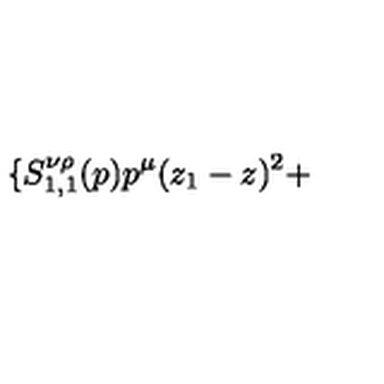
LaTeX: \{ S _ { 1 , 1 } ^ { \nu \rho } ( p ) p ^ { \mu } ( z _ { 1 } - z ) ^ { 2 } +